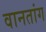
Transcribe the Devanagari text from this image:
वानतांग